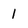
Character: 1